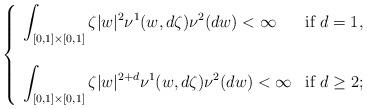
LaTeX: \begin{align*}\left\{\begin{array}{ll}\displaystyle\int_{[0,1]\times [0,1]}\zeta |w|^2\nu^1(w,d\zeta )\nu^2(dw)<\infty&\mbox{\rm if }d=1,\\&\\\displaystyle\int_{[0,1]\times [0,1]}\zeta |w|^{2+d}\nu^1(w,d\zeta )\nu^2(dw)<\infty&\mbox{\rm if }d\geq 2;\end{array}\right.\end{align*}